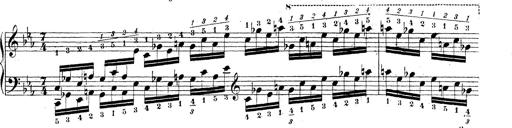
Title: Technische Studien
Composer: Franz Liszt